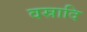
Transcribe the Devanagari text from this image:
वस्रादि